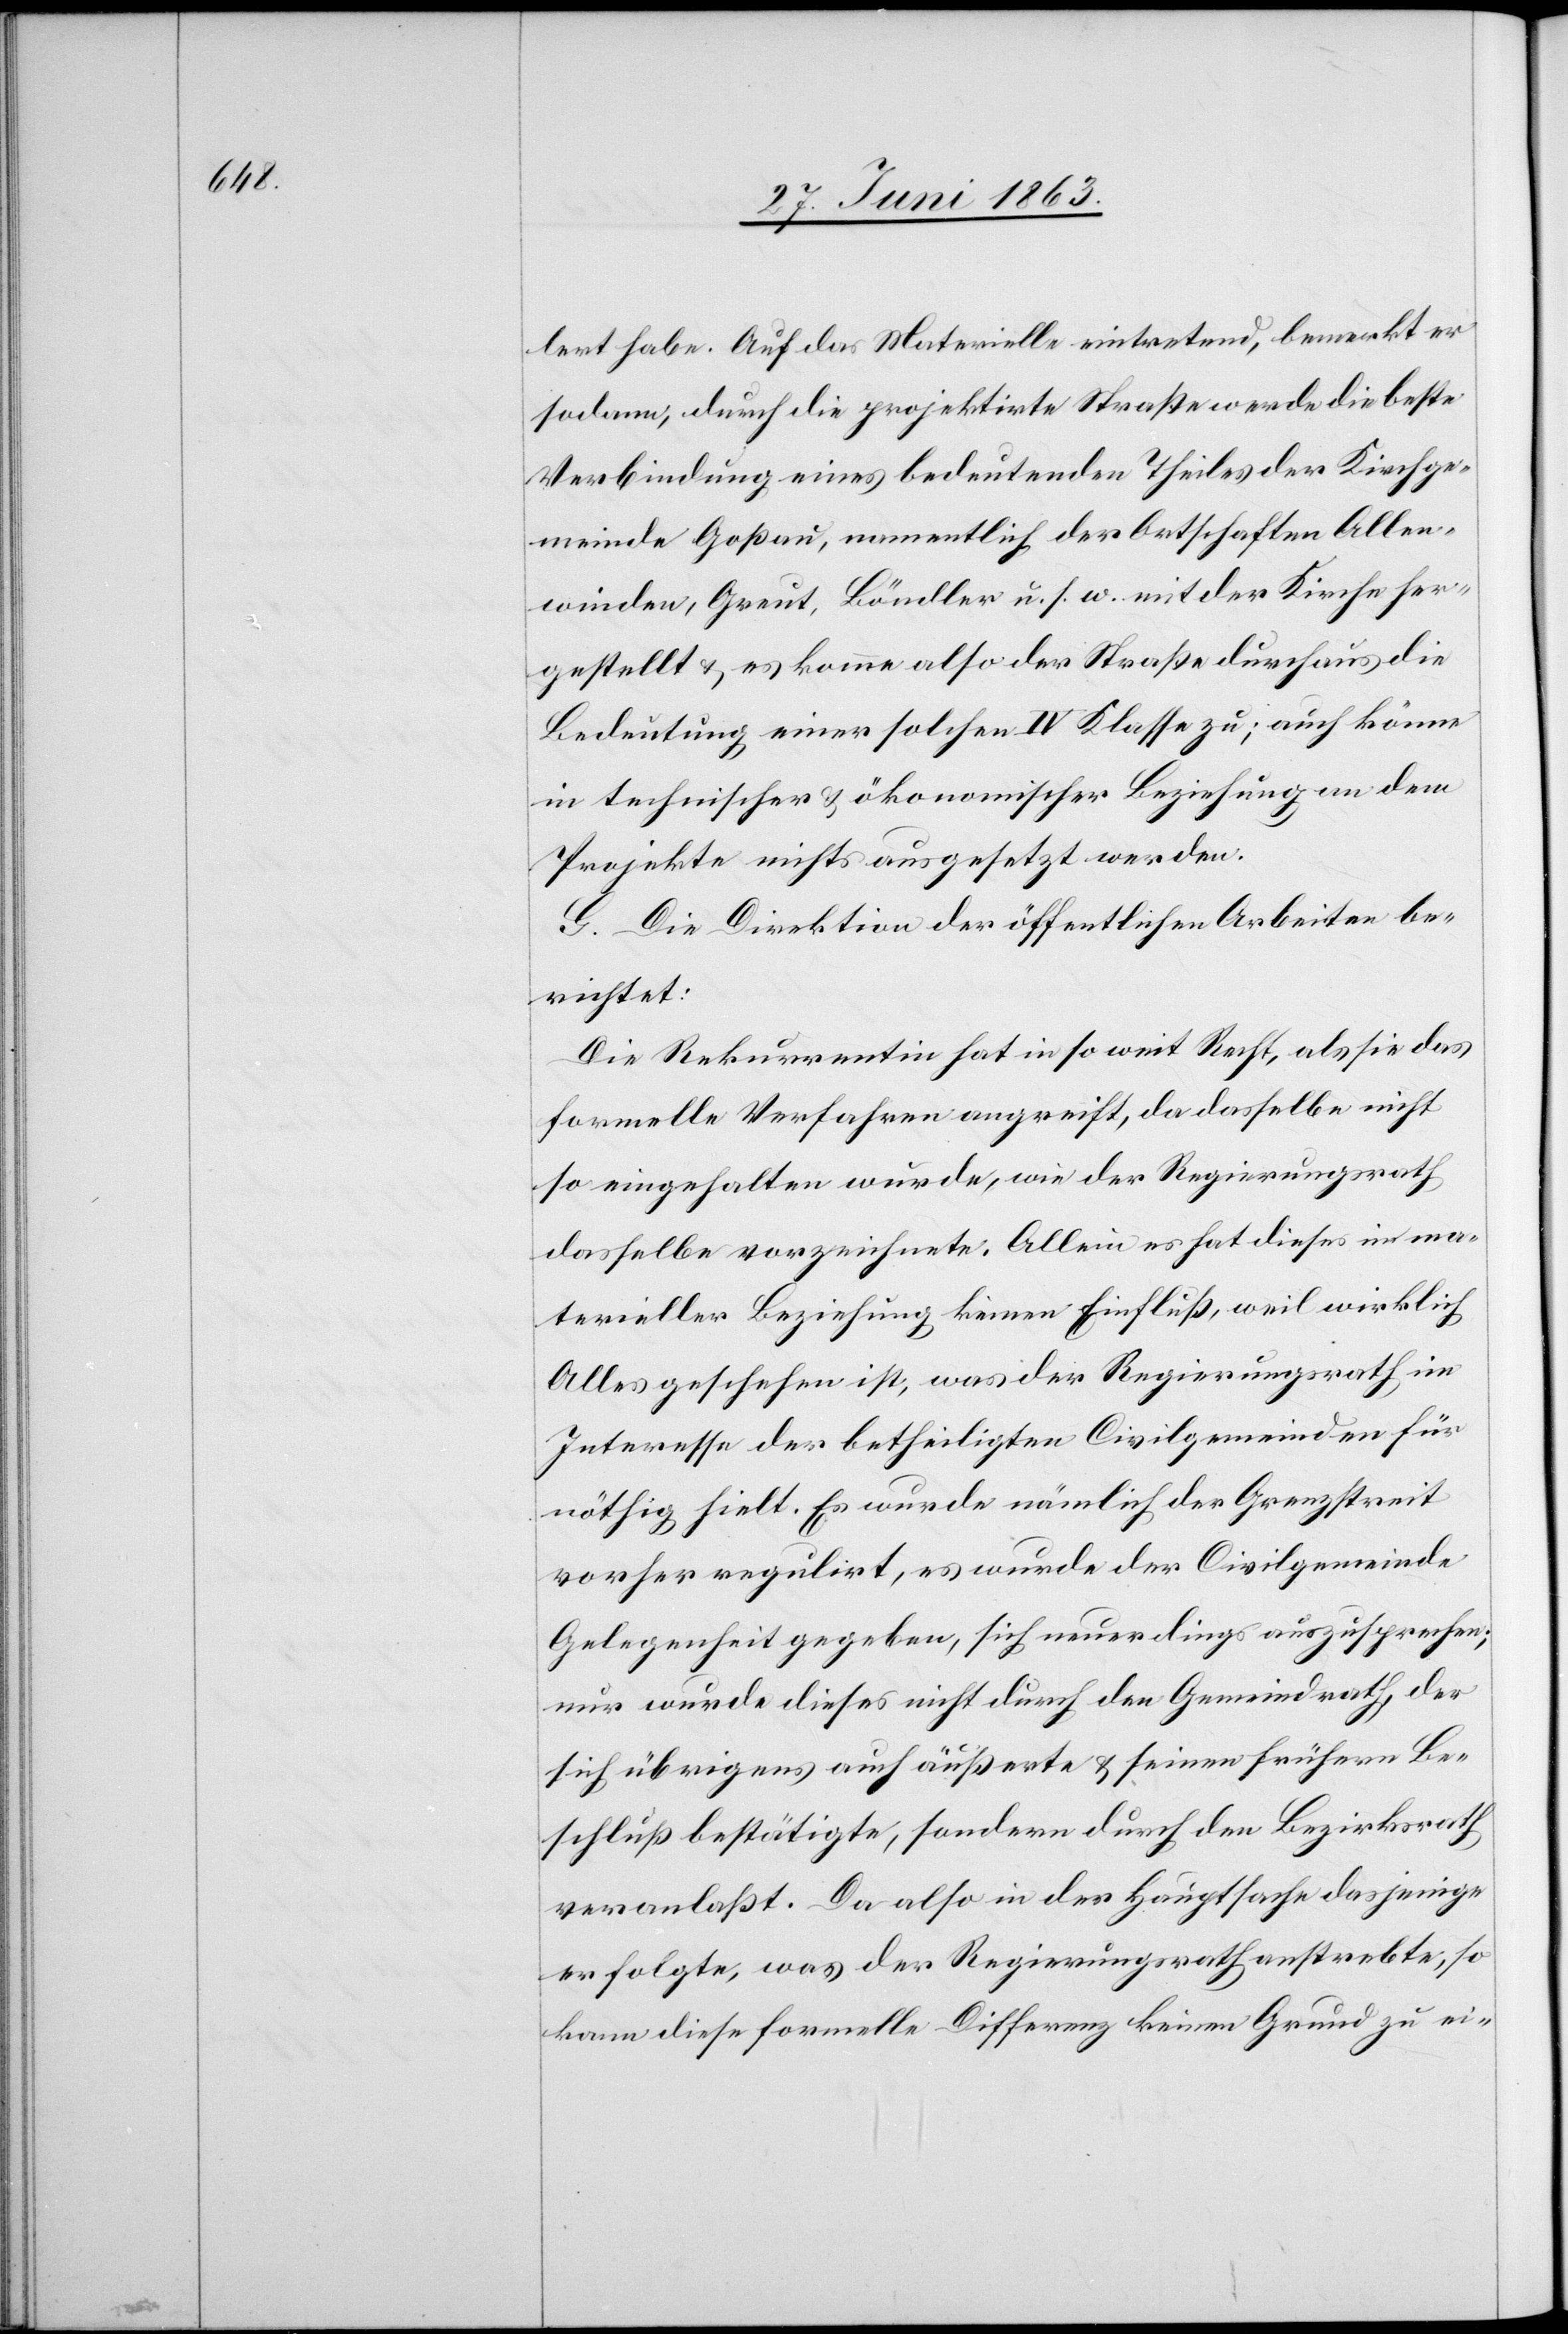
lert habe. Auf das Materielle eintretend, bemerkt er
sodann, durch die projektirte Straße werde die beste
Verbindung eines bedeutenden Theiles der Kirchge¬
meinde Goßau, namentlich der Ortschaften Allen¬
winden, Greut, Böndler u. s. w. mit der Kirche her¬
gestellt & es komme also der Straße durchaus die
Bedeutung einer solchen IV Klasse zu; auch könne
in technischer & ökonomischer Beziehung an dem
Projekte nichts ausgesetzt werden.
G. Die Direktion der öffentlichen Arbeiten be¬
richtet:
Die Rekurrentin hat in so weit Recht, als sie das
formelle Verfahren angreift, da dasselbe nicht
so eingehalten wurde, wie der Regierungsrath
dasselbe vorzeichnete. Allein es hat dieses in ma¬
terieller Beziehung keinen Einfluß, weil wirklich
Alles geschehen ist, was der Regierungsrath im
Interesse der betheiligten Civilgemeinden für
nöthig hielt. Es wurde nämlich der Grenzstreit
vorher regulirt, es wurde der Civilgemeinde
Gelegenheit gegeben, sich neuerdings auszusprechen;
nur wurde dieses nicht durch den Gemeindrath, der
sich übrigens auch äußerte & seinen frühern Be¬
schluß bestätigte, sondern durch den Bezirksrath
veranlaßt. Da also in der Hauptsache dasjenige
erfolgte, was der Regierungsrath anstrebte, so
kann diese formelle Differenz keinen Grund zu ei-